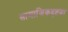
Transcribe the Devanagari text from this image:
सामाजिकदृष्टय़ा